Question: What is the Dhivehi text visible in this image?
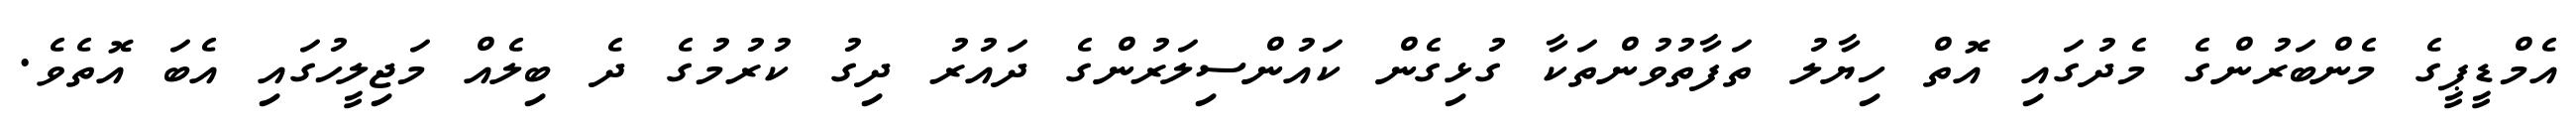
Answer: އެމްޑީޕީގެ މެންބަރުންގެ މެދުގައި އޮތް ހިޔާލު ތަފާތުވުންތަކާ ގުޅިގެން ކައުންސިލަރުންގެ ދައުރު ދިގު ކުރުމުގެ ދެ ބިލެއް މަޖިލީހުގައި އެބަ އޮތެވެ.